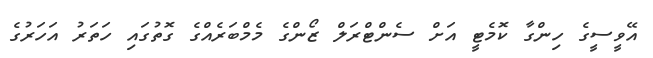
އޭވީސީގެ ހިންގާ ކޮމެޓީ އަށް ސެންޓްރަލް ޒޯންގެ މެމްބަރެއްގެ ގޮތުގައި ހަތަރު އަހަރުގެ